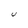
Character: U